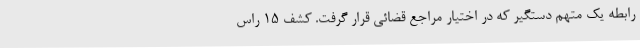
رابطه یک متهم دستگیر که در اختیار مراجع قضائی قرار گرفت. کشف 15 راس